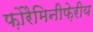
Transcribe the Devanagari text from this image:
फ़ोरैमिनीफ़ेरीय